Report on vaccination proceedings throughout the Government of Bengal -
Year: 1868
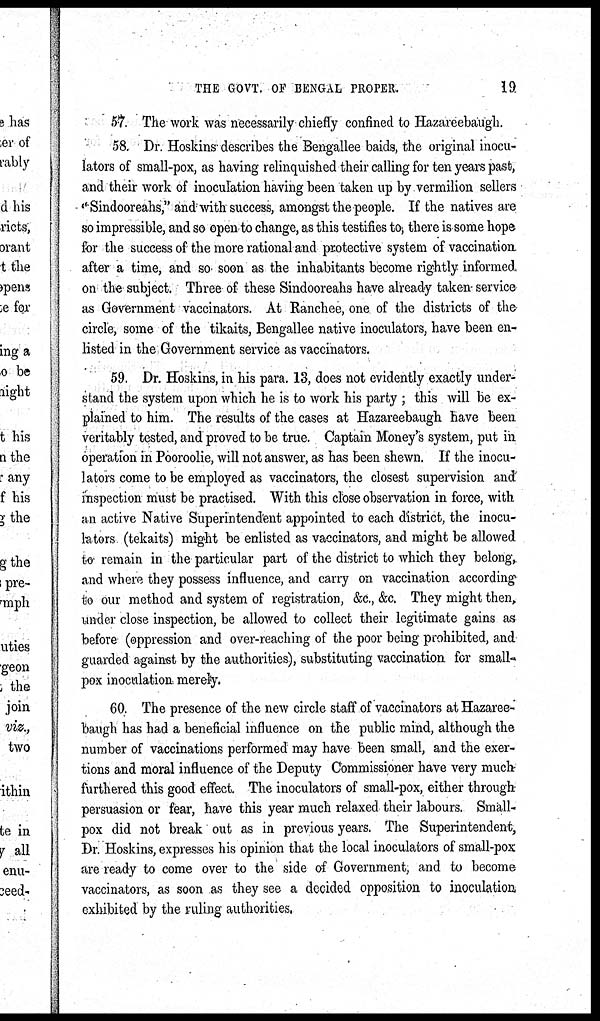
THE GOVT. OF BENGAL PROPER.
19
57. The work was necessarily chiefly confined to Hazareebaugh.
58. Dr. Hoskins describes the Bengallee baids, the original inocu¬
lators of small-pox, as having relinquished their calling for ten years past,
and their work of inoculation having been taken up by vermilion sellers
"Sindooreahs," and with success, amongst the people. If the natives are
so impressible, and so open to change, as this testifies to, there is some hope
for the success of the more rational and protective system of vaccination
after a time, and so soon as the inhabitants become rightly informed
on the subject. Three of these Sindooreahs have already taken service
as Government vaccinators. At Ranchee, one of the districts of the
circle, some of the tikaits, Bengallee native inoculators, have been en-
listed in the Government service as vaccinators.
59. Dr. Hoskins, in his para. 13, does not evidently exactly under-
stand the system upon which he is to work his party ; this will be ex-
plained to him. The results of the cases at Hazareebaugh have been
veritably tested, and proved to be true. Captain Money's system, put in
operation in Pooroolie, will not answer, as has been shewn. If the inocu-
lators come to be employed as vaccinators, the closest supervision and'
inspection must be practised. With this close observation in force, with
an active Native Superintendent appointed to each district, the inocu-
lators (tekaits) might be enlisted as vaccinators, and might be allowed
to remain in the particular part of the district to which they belong,
and where they possess influence, and carry on vaccination according
to our method and system of registration, &c., &c. They might then,
under close inspection, be allowed to collect their legitimate gains as
before (oppression and over-reaching of the poor being prohibited, and
guarded against by the authorities), substituting vaccination for small¬
pox inoculation merely.
60. The presence of the new circle staff of vaccinators at Hazaree-
baugh has had a beneficial influence on the public mind, although the
number of vaccinations performed may have been small, and the exer-
tions and moral influence of the Deputy Commissioner have very much
furthered this good effect. The inoculators of small-pox, either through
persuasion or fear, have this year much relaxed their labours. Small-
pox did not break out as in previous years. The Superintendent,
Dr. Hoskins, expresses his opinion that the local inoculators of small-pox
are ready to come over to the side of Government, and to become
vaccinators, as soon as they see a decided opposition to inoculation
exhibited by the ruling authorities.